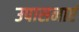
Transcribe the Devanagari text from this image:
उपासनाएं